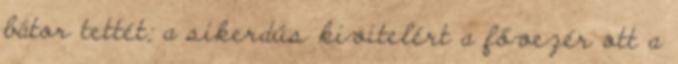
bátor tettét; a sikerdús kivitelért a fővezér ott a